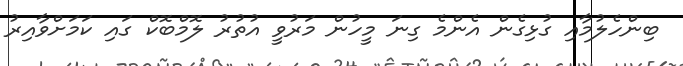
ބިންހެލުމާއި ގުޅިގެން އެންމެ ގިނަ މީހުން މަރުވީ އުތުރު ލޮމްބޮކް ގައި ކަމަށްވާއިރު